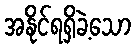
အနိုင်ရရှိခဲ့သော